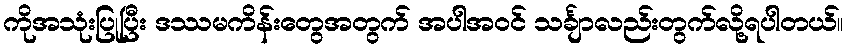
ကိုအသုံးပြုပြီး ဒဿမကိန်းတွေအတွက် အပါအဝင် သင်္ချာလည်းတွက်လို့ရပါတယ်။